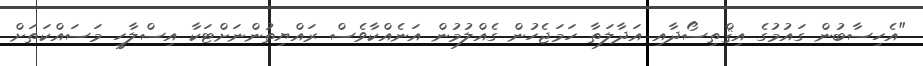
"އެހިސާބުން ގައުމުގެ އިޤްތިސޯދާއި އަދާލަތާ ހަމަޖެހުން ގެއްލުމުން އަނެއްކާވެސް ރައްޔިތުންނަށްޓަކާ އިސްލާހީ މަސައްކަތަށް